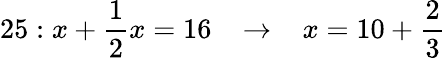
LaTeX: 25:x+{\frac{1}{2}}x=16\; \; \; \rightarrow\; \; \; x=10+{\frac{2}{3}}